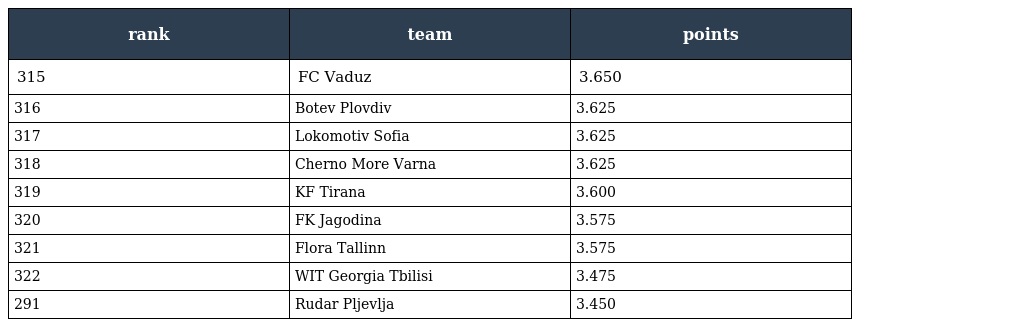
| rank | team | points |
 | --- | --- | --- |
 | 315 | FC Vaduz | 3.650 |
 | 316 | Botev Plovdiv | 3.625 |
 | 317 | Lokomotiv Sofia | 3.625 |
 | 318 | Cherno More Varna | 3.625 |
 | 319 | KF Tirana | 3.600 |
 | 320 | FK Jagodina | 3.575 |
 | 321 | Flora Tallinn | 3.575 |
 | 322 | WIT Georgia Tbilisi | 3.475 |
 | 291 | Rudar Pljevlja | 3.450 |